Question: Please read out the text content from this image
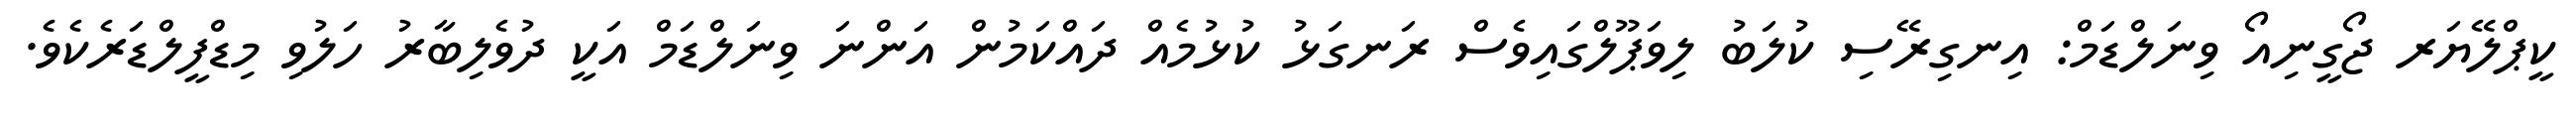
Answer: ކީޕްލޭޔަރ ޖޯގީނިއޯ ވިނަލްޑަމް: އިނގިރޭސި ކުލަބު ލިވަޕޫލްގައިވެސް ރަނގަޅު ކުޅުމެއް ދައްކަމުން އަންނަ ވިނަލްޑަމް އަކީ ދުވެލިބާރު ހަލުވި މިޑްފީލްޑަރެކެވެ.